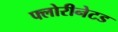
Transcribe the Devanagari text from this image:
फ्लोरीनेटड